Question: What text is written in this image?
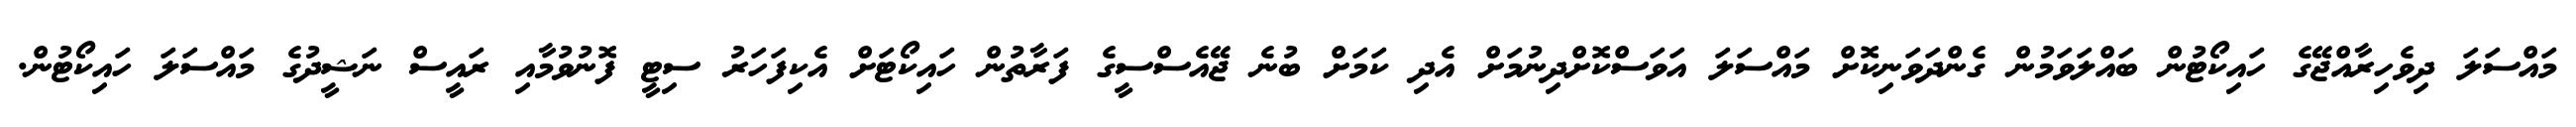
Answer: މައްސަލަ ދިވެހިރާއްޖޭގެ ހައިކޯޓުން ބައްލަވަމުން ގެންދަވަނިކޮށް މައްސަލަ އަވަސްކޮށްދިނުމަށް އެދި ކަމަށް ބުނެ ޖޭއެސްސީގެ ފަރާތުން ހައިކޯޓަށް އެކިފަހަރު ސިޓީ ފޮނުވުމާއި ރައީސް ނަޝީދުގެ މައްސަލަ ހައިކޯޓުން.